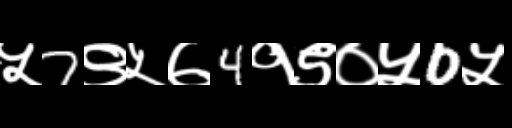
Text: ५7९५७4१९०५0५